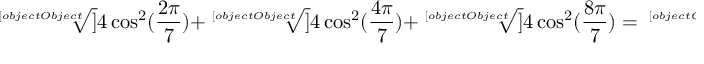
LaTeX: { \sqrt [ [object Object] ] { 4 \cos ^ { 2 } ( { \frac { 2 \pi } { 7 } } ) } } + { \sqrt [ [object Object] ] { 4 \cos ^ { 2 } ( { \frac { 4 \pi } { 7 } } ) } } + { \sqrt [ [object Object] ] { 4 \cos ^ { 2 } ( { \frac { 8 \pi } { 7 } } ) } } = { \sqrt [ [object Object] ] { 1 1 + 3 ( 2 { \sqrt [ [object Object] ] { 7 } } + { \sqrt [ [object Object] ] { 4 9 } } ) } }